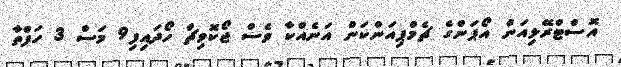
އޮސްޓްރޭލިއަން އޯޕަންގެ ޗެމްޕިއަންކަން އަނެއްކާ ވެސް ޖޯކޮވިޗް ހޯދައިފި9 މަސް 3 ހަފްތާ